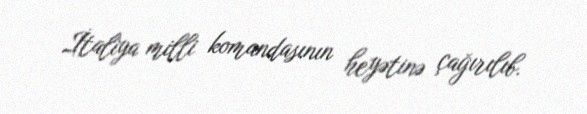
İtaliya milli komandasının heyətinə çağırılıb.